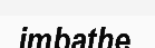
imbathe